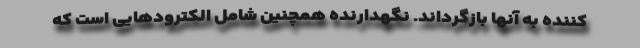
کننده به آنها بازگرداند. نگهدارنده همچنین شامل الکترودهایی است که